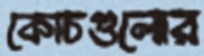
কোচগুলোর